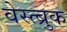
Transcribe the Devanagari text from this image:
वेस्त्ब्रुक